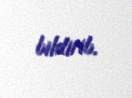
bildirib.